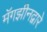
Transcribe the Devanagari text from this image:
मॅगझीनद्वारे